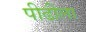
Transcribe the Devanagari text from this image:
पीढीला